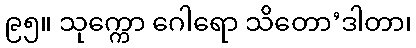
၉၅။ သုက္ကော ဂေါရော သိတော’ဒါတာ၊